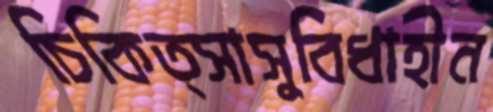
চিকিত্সাসুবিধাহীন